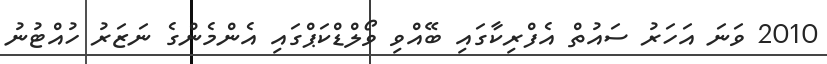
2010 ވަނަ އަހަރު ސައުތް އެފްރިކާގައި ބޭއްވި ވޯލްޑްކަޕްގައި އެންމެންގެ ނަޒަރު ހުއްޓުނު